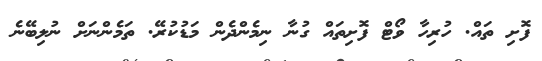
ފޮށި ތައް. ހުރިހާ ވޯޓް ފޮށިތައް ގުނާ ނިމެންދެން މަޑުކުރޭ. ތަމެންނަށް ނުލިބޭނެ